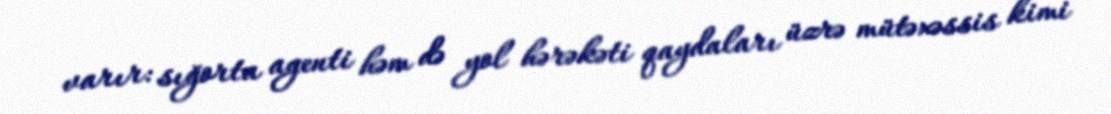
varır: sığorta agenti həm də yol hərəkəti qaydaları üzrə mütəxəssis kimi